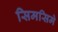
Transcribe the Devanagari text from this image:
सिमसिमे